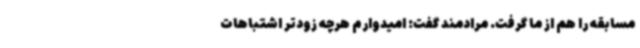
مسابقه را هم از ما گرفت. مرادمند گفت: امیدوارم هرچه زودتر اشتباهات